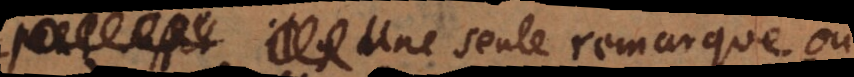
Une seule remarque ou